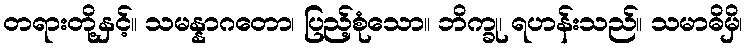
တရားတို့နှင့်။ သမန္နာဂတော၊ ပြည့်စုံသော။ ဘိက္ခု၊ ရဟန်းသည်။ သမာဓိမှိ၊